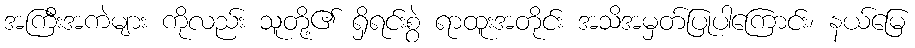
အကြီးအကဲများ ကိုလည်း သူတို့၏ ရှိရင်းစွဲ ရာထူးအတိုင်း အသိအမှတ်ပြုပါကြောင်း၊ နယ်မြေ